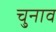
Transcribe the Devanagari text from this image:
चु्नाव